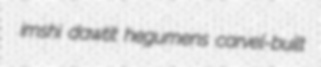
imshi dawtit hegumens carvel-built